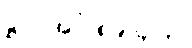
ဋ္ဌ-ပ-အုပ်-၈၉-၄၀၃။